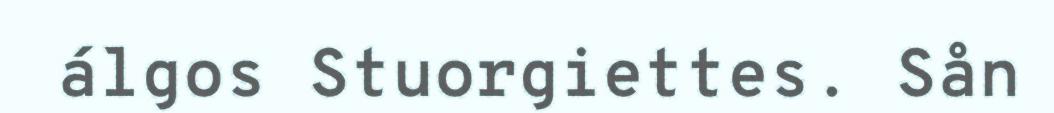
álgos Stuorgiettes. Sån